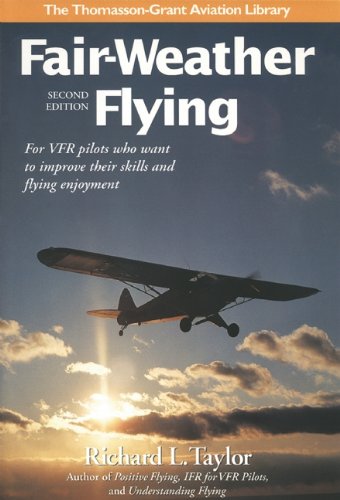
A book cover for Fair-Weather Flying: For VFR pilots who want to improve their skills and flying enjoyment (General Aviation Reading series); Richard L. Taylor; Sports & Outdoors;